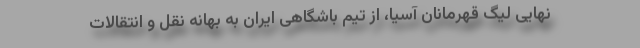
نهایی لیگ قهرمانان آسیا، از تیم باشگاهی ایران به بهانه نقل و انتقالات